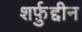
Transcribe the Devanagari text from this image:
शर्फ़ुद्दीन